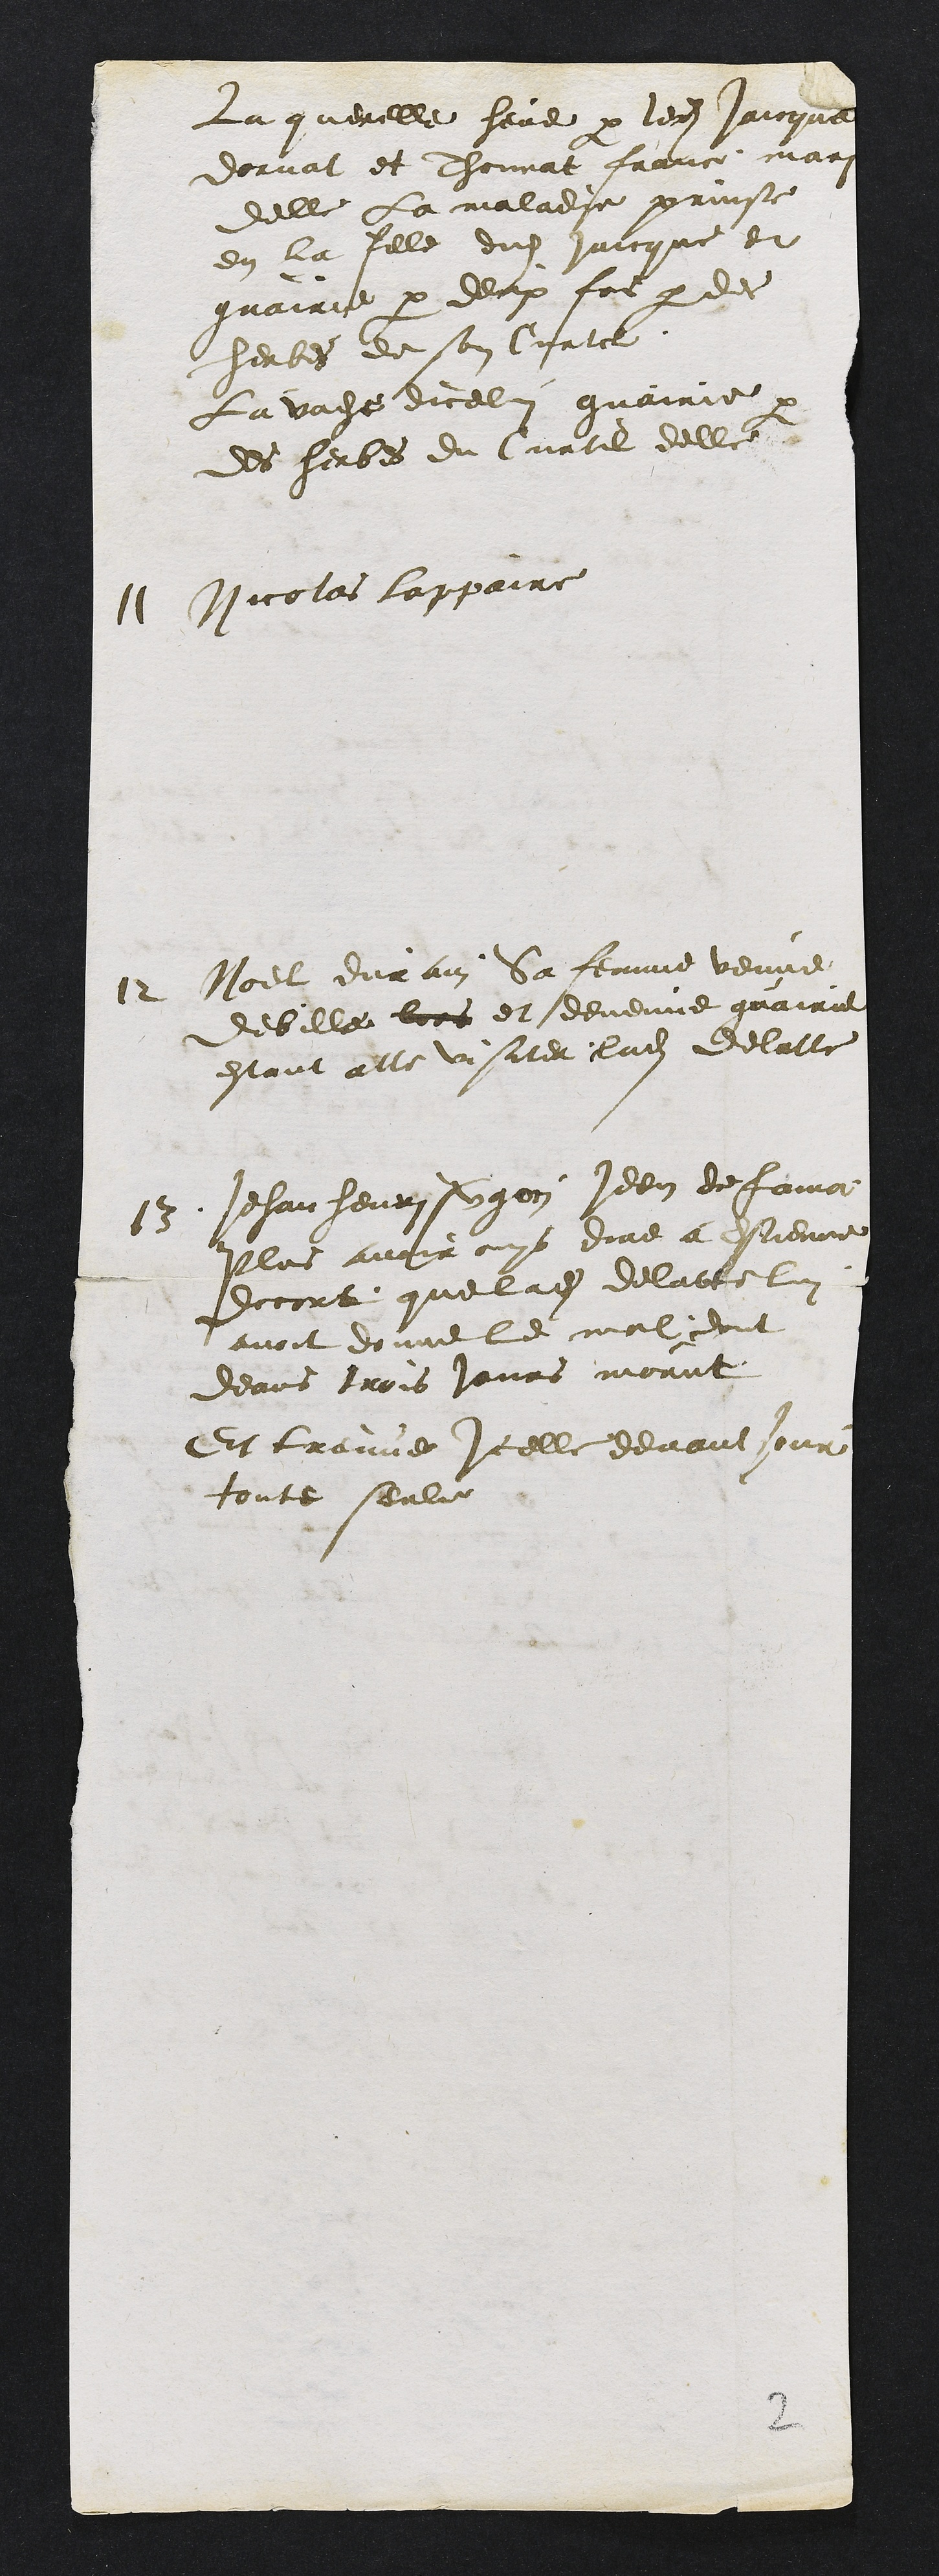
La querelle heve par ledit Jaicque
dornat et Thonnat france mar
delle La malade prinse
en la fille dudit Jaicque et
guairie par deux fois par des
herbes de son Curtil
La vache dicelui guairie par
des herbes du Curtil delle
11
Nicolas lappaire
12
Noel durain la femme venue
debille lors et devenue guairie
estant alle visiter ladite delatte
13
Jehan henrison den de famat
plus avoir ouys dire a Estienne
docort que ladite delatel
avoit donne le moit ont
deans trois jours morut
Et trenne Icelle devant jour
toute seule